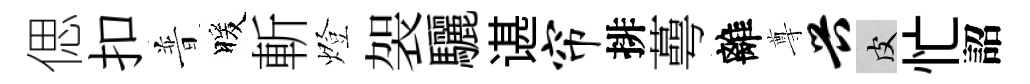
偲扣普暖斬燈袈驪谌帘排蕚離尊兴皮忙詔